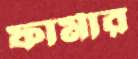
ফার্মার